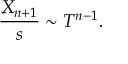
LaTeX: { \frac { X _ { n + 1 } } { s } } \sim T ^ { n - 1 } .